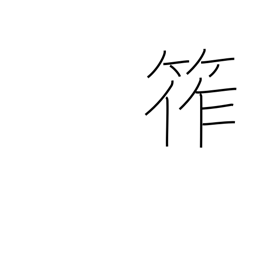
Meaning: bamboo rope